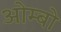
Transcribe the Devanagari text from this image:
ओम्बो